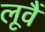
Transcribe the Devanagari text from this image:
लूवैं